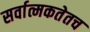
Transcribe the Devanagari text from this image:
सर्वात्मकतेतच